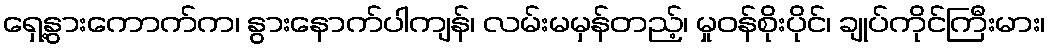
ရှေ့နွားကောက်က၊ နွားနောက်ပါကျန်၊ လမ်းမမှန်တည့်၊ မှုဝန်စိုးပိုင်၊ ချုပ်ကိုင်ကြီးမား၊